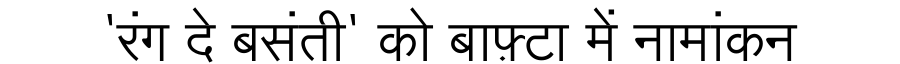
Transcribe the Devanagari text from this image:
'रंग दे बसंती' को बाफ़्टा में नामांकन